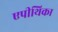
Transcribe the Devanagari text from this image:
एपीथिका